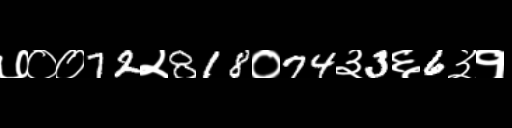
Text: ७००72२818०74३3६6३१